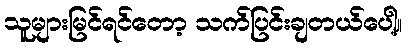
သူများမြင်ရင်တော့ သက်ပြင်းချတယ်ပေါ့။